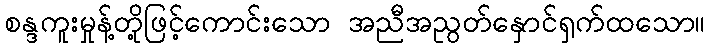
စန္ဒကူးမှုန့်တို့ဖြင့်ကောင်းသော အညီအညွတ်နှောင်ရှက်ထသော။